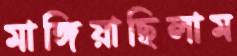
মাঙ্গিয়াছিলাম